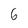
Character: 6